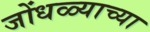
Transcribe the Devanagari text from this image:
जोंधळ्याच्या